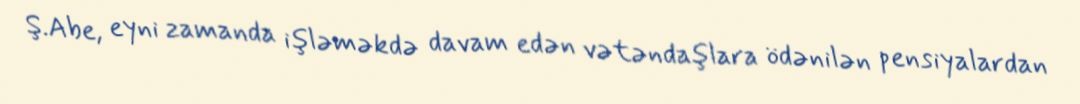
Ş.Abe, eyni zamanda işləməkdə davam edən vətəndaşlara ödənilən pensiyalardan